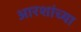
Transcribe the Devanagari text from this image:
आरशांच्या